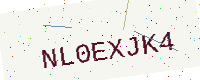
Text: NL0EXJK4